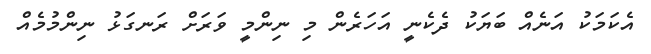
އެކަމަކު އަނެއް ބަޔަކު ދެކެނީ އަހަރެން މި ނިންމީ ވަރަށް ރަނގަޅު ނިންމުމެއް